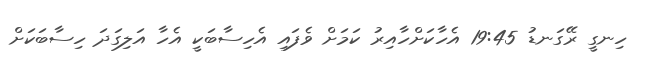
ހިނގީ ރޭގަނޑު 19:45 އެހާކަށްހާއިރު ކަމަށް ވެފައި އެހިސާބަކީ އެހާ އަލިގަދަ ހިސާބަކަށް